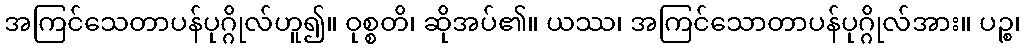
အကြင်သေတာပန်ပုဂ္ဂိုလ်ဟူ၍။ ဝုစ္စတိ၊ ဆိုအပ်၏။ ယဿ၊ အကြင်သောတာပန်ပုဂ္ဂိုလ်အား။ ပဉ္စ၊